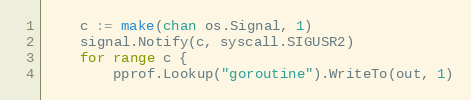
Language: Go
	c := make(chan os.Signal, 1)
	signal.Notify(c, syscall.SIGUSR2)
	for range c {
		pprof.Lookup("goroutine").WriteTo(out, 1)